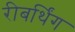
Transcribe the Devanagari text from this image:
रीबर्थिंग